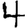
Digit: 4